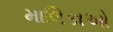
માલિકાઓ